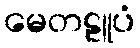
မေတဠူပံ